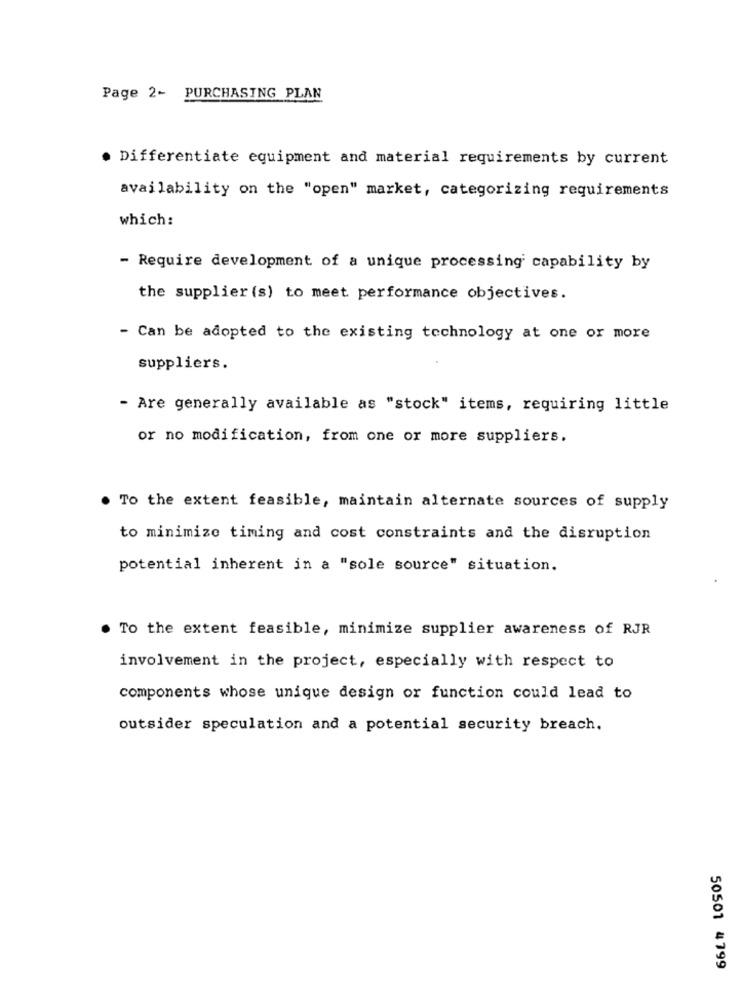
Page 2- PURCHASING PLAN
· Differentiate equipment and material requirements by current
availability on the "open" market, categorizing requirements
which:
- Require development of a unique processing capability by
the supplier (s) to meet performance objectives.
- Can be adopted to the existing technology at one or more
suppliers.
- Are generally available as "stock" items, requiring little
or no modification, from one or more suppliers.
. To the extent feasible, maintain alternate sources of supply
to minimize timing and cost constraints and the disruption
potential inherent in a "sole source" situation.
. To the extent feasible, minimize supplier awareness of RJR
involvement in the project, especially with respect to
components whose unique design or function could lead to
outsider speculation and a potential security breach.
50501 4799